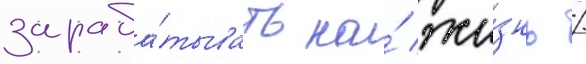
зараба́тывать на́ жи́знь /